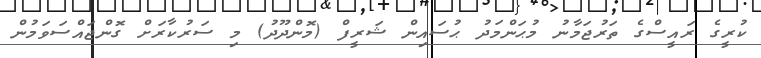
ކުރީގެ ރައީސްގެ ތަރުޖަމާނު މުޙަންމަދު ޙުސައިން ޝަރީފް (މޮންދޫދު) މި ސަރުކާރަށް ގޮންޖައްސަވަމުން